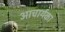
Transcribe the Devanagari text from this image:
आचार्यका